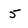
Character: 5